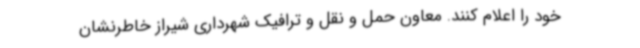
خود را اعلام کنند. معاون حمل و نقل و ترافیک شهرداری شیراز خاطرنشان